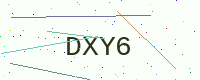
Text: DXY6